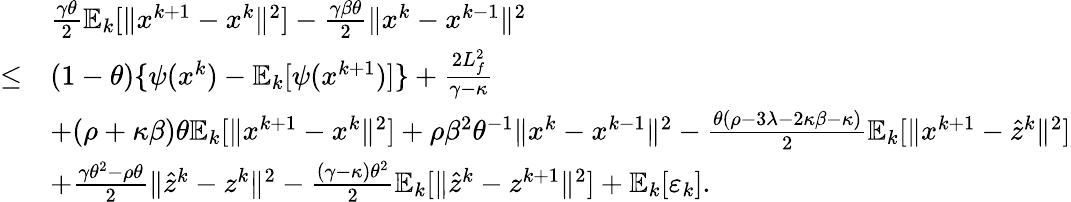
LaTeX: \begin{array}{rl}&{\frac{\gamma\theta}{2}\mathbb{E}_{k}[\| x^{k+1}-x^{k}\| ^{2}]-\frac{\gamma\beta\theta}{2}\| x^{k}-x^{k-1}\| ^{2}}\\ {\leq}&{(1-\theta)\{ \psi(x^{k})-\mathbb{E}_{k}[\psi(x^{k+1})]\} +\frac{2L_{f}^{2}}{\gamma-\kappa}}\\ &{+(\rho+\kappa\beta)\theta\mathbb{E}_{k}[\| x^{k+1}-x^{k}\| ^{2}]+\rho\beta^{2}\theta^{-1}\| x^{k}-x^{k-1}\| ^{2}-\frac{\theta(\rho-3\lambda-2\kappa\beta-\kappa)}{2}\mathbb{E}_{k}[\| x^{k+1}-\hat{z}^{k}\| ^{2}]}\\ &{+\frac{\gamma\theta^{2}-\rho\theta}{2}\| \hat{z}^{k}-z^{k}\| ^{2}-\frac{(\gamma-\kappa)\theta^{2}}{2}\mathbb{E}_{k}[\| \hat{z}^{k}-z^{k+1}\| ^{2}]+\mathbb{E}_{k}[\varepsilon_{k}].}\end{array}